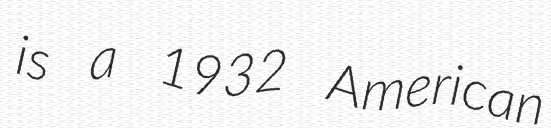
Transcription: is a 1932 American